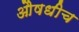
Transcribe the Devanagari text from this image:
औषधीच